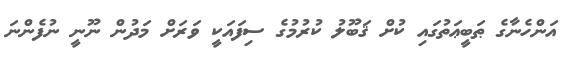
އަންހެނާގެ ޠަބީޢަތުގައި ކުށް ޤަބޫލު ކުރުމުގެ ސިފައަކީ ވަރަށް މަދުން ނޫނީ ނުފެންނަ